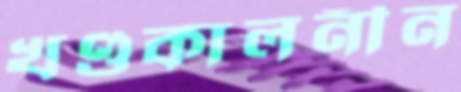
খণ্ডকালনীন